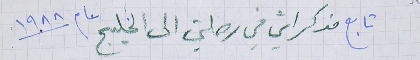
تابع مذكراتي فى رحلتي الى الخليج عام ١٩٨٨